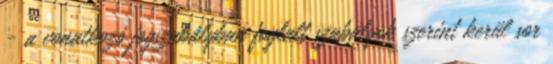
- a vonatkozó jogszabályban foglalt szabályok szerint kerül sor